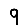
Digit: 9